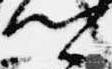
卿